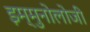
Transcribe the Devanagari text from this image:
इम्मुनोलोजी